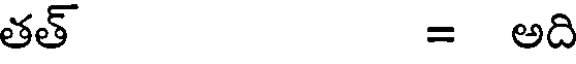
తత్ = అది